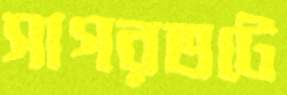
সাগরতটে